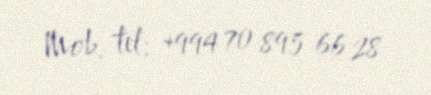
Mob. tel: +994 70 895 66 28